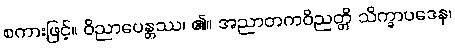
စကားဖြင့်။ ဝိညာပေန္တဿ၊ ၏။ အညာတကဝိညတ္တိ သိက္ခာပဒေန၊